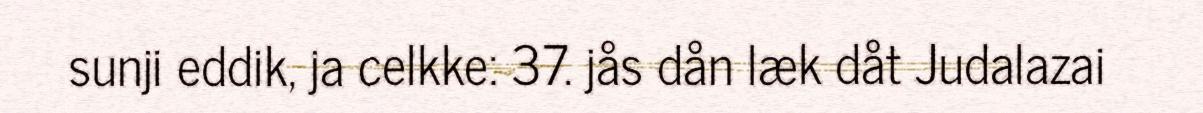
sunji eddik, ja celkke: 37. jås dån læk dåt Judalazai